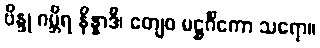
ဗိန္ဒု ဂမ္ဘီရ နိန္နာဒီ၊ တျေဝ မဋ္ဌင်္ဂိကော သရော။